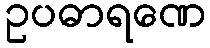
ဥပဓာရဏေ